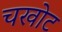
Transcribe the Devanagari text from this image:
चखोट